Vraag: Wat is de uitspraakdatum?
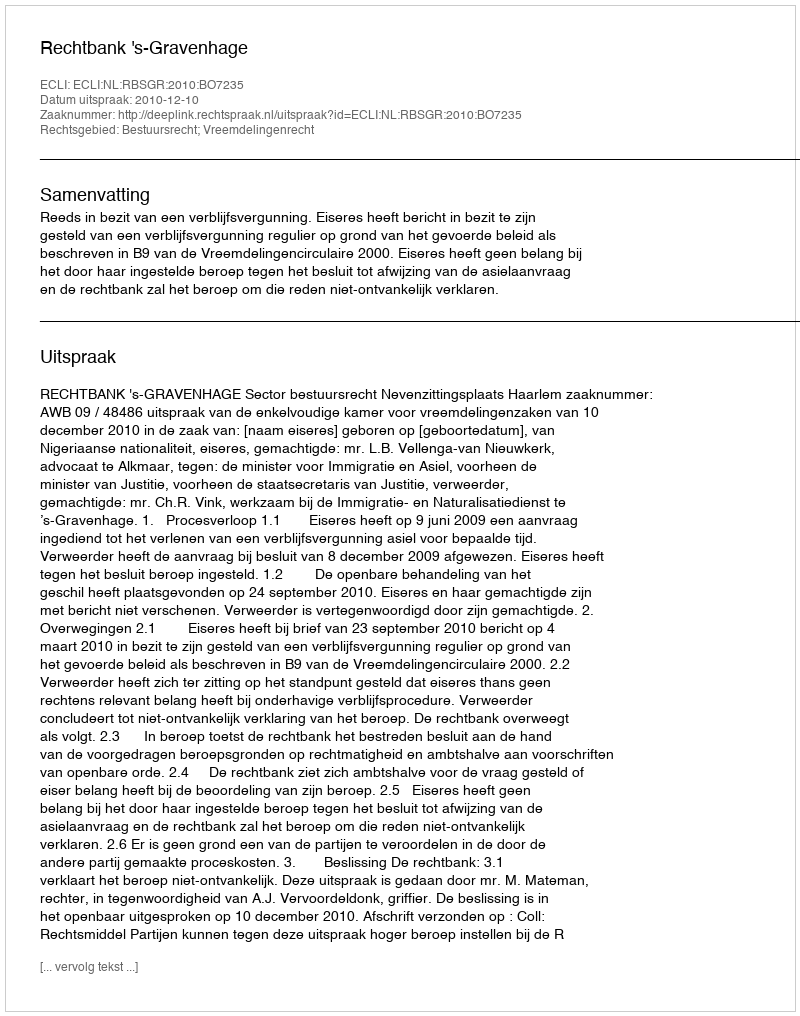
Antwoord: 2010-12-10